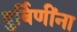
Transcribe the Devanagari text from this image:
दुर्बिणींना